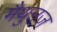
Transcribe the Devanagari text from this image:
मैथुनज